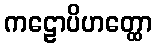
ကဠောပိဟတ္ထော